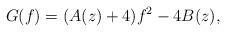
LaTeX: \begin{align*}G(f)=(A(z)+4)f^2-4B(z), \end{align*}